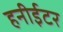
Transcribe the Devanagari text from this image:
हनीईटर